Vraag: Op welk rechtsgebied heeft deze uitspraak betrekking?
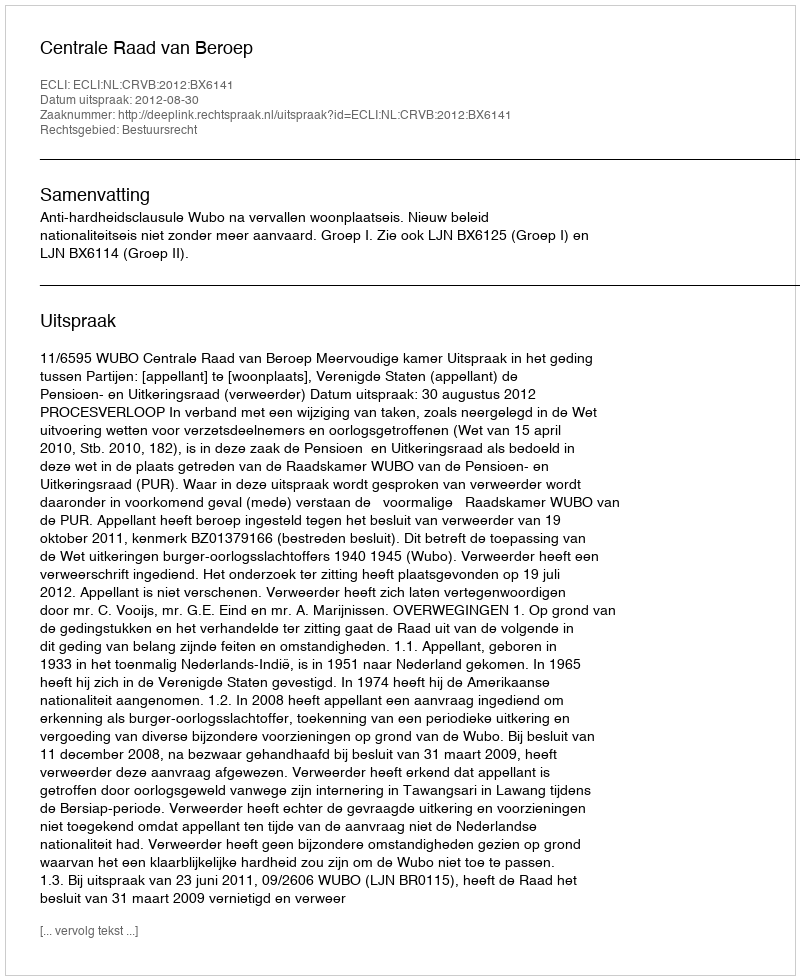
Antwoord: Bestuursrecht